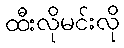
ထီးလိုမင်းလို